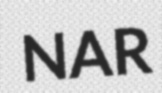
NAR